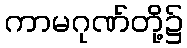
ကာမဂုဏ်တို့၌